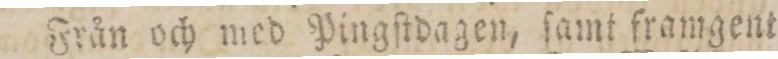
Från och med Pingſtdagen, ſamt framgent